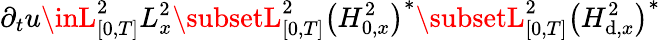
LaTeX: \partial_{t}u\inL_{[0,T]}^{2}L_{x}^{2}\subsetL_{[0,T]}^{2}\left(H_{0,x}^{2}\right)^{*}\subsetL_{[0,T]}^{2}\left(H_{\mathrm{d},x}^{2}\right)^{*}